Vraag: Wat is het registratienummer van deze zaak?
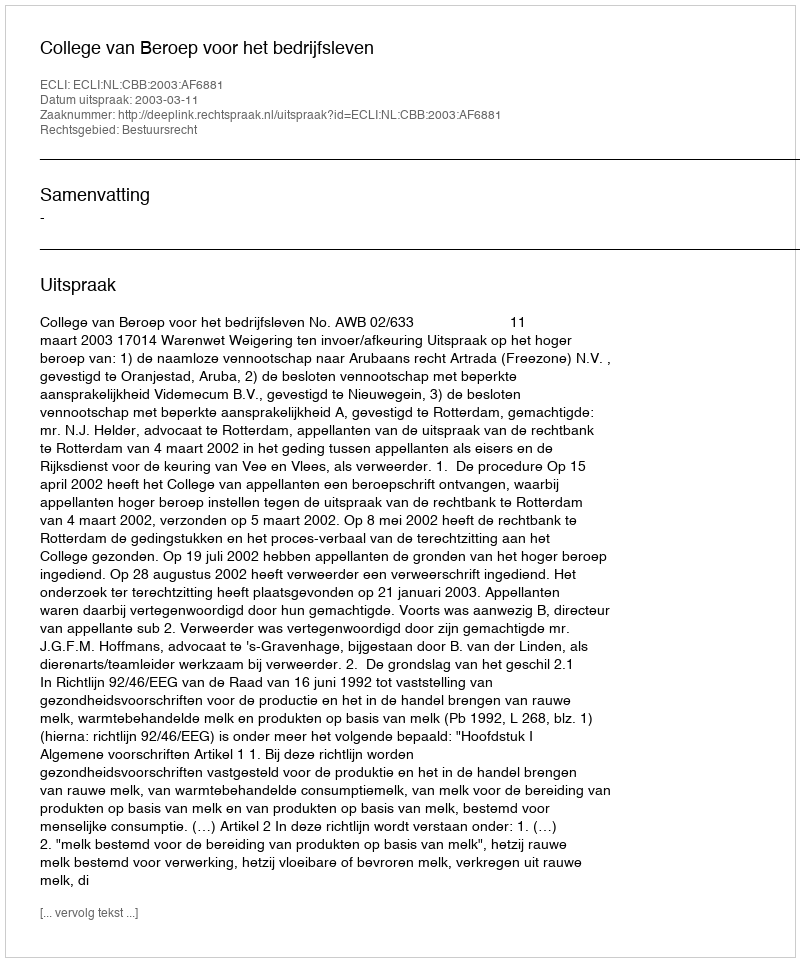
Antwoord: http://deeplink.rechtspraak.nl/uitspraak?id=ECLI:NL:CBB:2003:AF6881